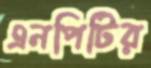
এনপিটির